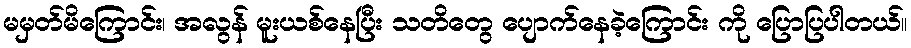
မမှတ်မိကြောင်း၊ အလွန် မူးယစ်နေပြီး သတိတွေ ပျောက်နေခဲ့ကြောင်း ကို ပြောပြပါတယ်။